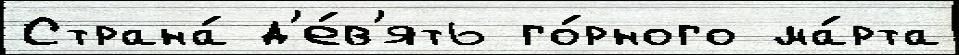
Страна́ д'е́в'ять го́рного ма́рта